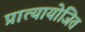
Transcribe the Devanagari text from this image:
प्रात्यायोजित